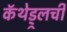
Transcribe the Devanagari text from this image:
कॅथेड्र्लची